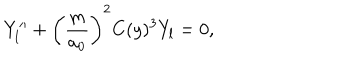
Y _ { l } ^ { \prime \prime } + \left( \frac { m } { a _ { 0 } } \right) ^ { 2 } C ( y ) ^ { 3 } Y _ { l } = 0 ,